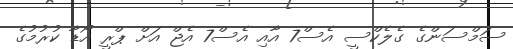
ސަމްސަންގެ ގެލެކްސީ އެސް7 އާއި އެސް7 އެޖް އަށް ޕްރީ އޯޑާ ކުރުމުގެ